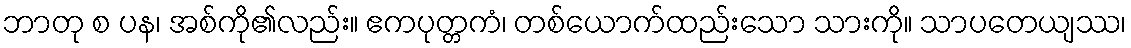
ဘာတု စ ပန၊ အစ်ကို၏လည်း။ ဧကပုတ္တကံ၊ တစ်ယောက်ထည်းသော သားကို။ သာပတေယျဿ၊